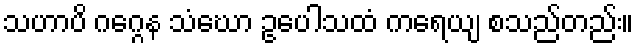
သဟာပိ ဂဂ္ဂေန သံဃော ဥပေါသထံ ကရေယျ စသည်တည်း။